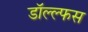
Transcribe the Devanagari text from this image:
डॉल्ल्फस